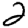
Digit: 2